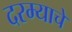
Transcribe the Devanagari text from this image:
दरम्याचे